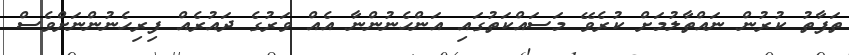
ތަފާތު ކުރުން ނައްތާލުމަށް ކުރެވޭ މަސައްކަތުގައި އަންހެނުންނާ އެއް ވަރުގެ ދައުރެއް ފިރިހެނުންނަށްވެސް